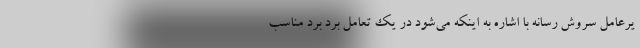
یرعامل سروش رسانه با اشاره به اینکه می‌شود در یک تعامل برد برد مناسب